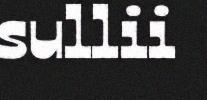
sullii